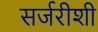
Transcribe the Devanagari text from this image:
सर्जरीशी